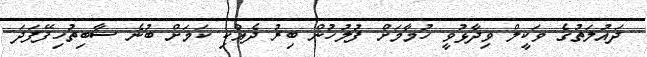
ދައުލަތުގެ ވަކީލް ވިދާޅުވީ ހުމާމަށް ފުލުހުން ބިރު ދެއްކި ކަމަށް ބުނެ ސާބިތުހިފޭފަދަ